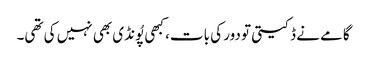
گامے نے ڈکیتی تو دور کی بات، کبھی پُونڈی بھی نہیں کی تھی۔